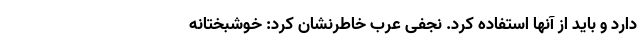
دارد و باید از آنها استفاده کرد. نجفی عرب خاطرنشان کرد: خوشبختانه